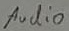
Text: Audio